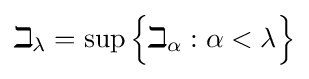
\beth _{\lambda }=\sup {\Bigl \{}\beth _{\alpha }:\alpha <\lambda {\Bigr \}}